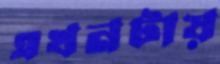
এখনটায়